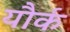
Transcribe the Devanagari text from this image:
यौर्क